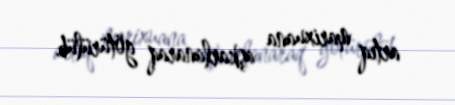
artıq marixuana aşkarlanaraq götürülüb.